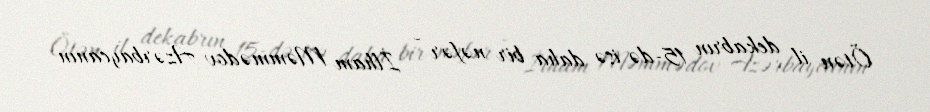
Ötən il dekabrın 15-də isə daha bir nəfər - İlham Məmmədov Azərbaycanın